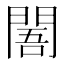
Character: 䦜